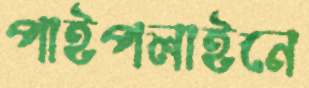
পাইপলাইনে